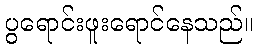
ပွရောင်းဖူးရောင်နေသည်။